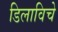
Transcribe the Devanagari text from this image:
डिलाविचे